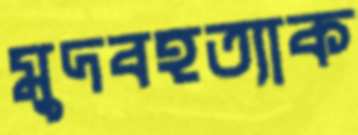
মুদবহত্যাক